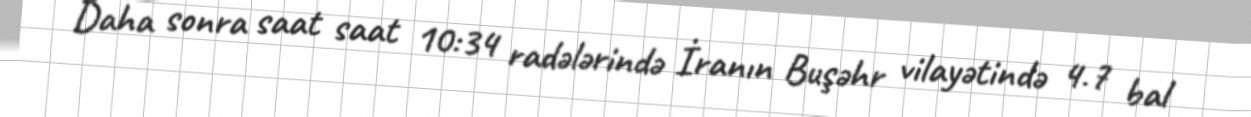
Daha sonra saat saat 10:34 radələrində İranın Buşəhr vilayətində 4.7 bal